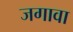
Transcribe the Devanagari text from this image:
जगावा